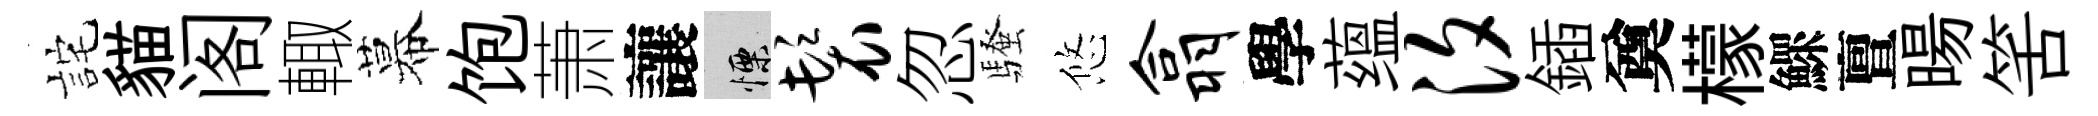
詫貓阁輙幕饱萧讓慄鬟忽騷悠翕學蕴汐鍤奠檬鰥亶暘筈